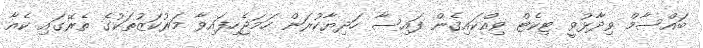
ބައްސާމް ވިދާޅުވީ ޓިކެޓް ވިއްކައިގެން ފައިސާ ހަދިޔާކުރަން ހަމަޖެހިފައިވާ މަރުކަޒުތަކުގެ ތެރޭގައި ކެއާ